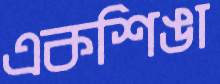
একশিঙা